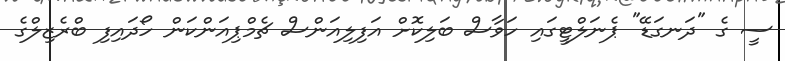
ސީ ގެ "ދަނގަޑޭ" ޕެނަލްޓީގައި ހަވާސް ބަލިކޮށް އަފިލިއަންސް ޗެމްޕިއަންކަން ހޯދައިފި ބްރެޒިލްގެ